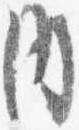
内